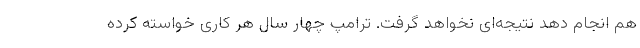
هم انجام دهد نتیجه‌ای نخواهد گرفت. ترامپ چهار سال هر کاری خواسته کرده